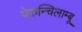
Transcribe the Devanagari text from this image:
पेरुन्चिलाम्बू